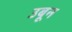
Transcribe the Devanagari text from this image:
उबून